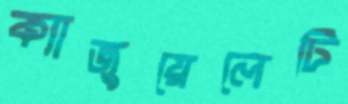
ক্যাজুয়েলেটি